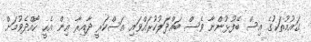
ގައުމުތަކުގެ އިސް ބޭފުޅުންނާ ވެސް ބައްދަލުކުރައްވައި އަސްކަރީ ދާއިރާ އިން އެހީ ހޯއްދެވުމަށް